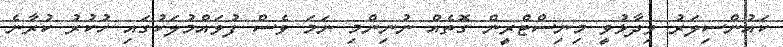
ކައުންސިލަރު ވިދާޅުވީ މިނިސްޓްރީން ގޮތެއް ނުނިންމި ނަމަ ވެސް ފުވައްމުލަކުގައި ހުކުރު ކުރާނެ